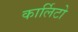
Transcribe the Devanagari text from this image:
कार्लिटो